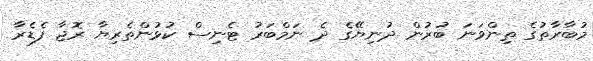
މުބާރާތުގެ ތިންވަނަ ބުރުން ދުނިޔޭގެ ދެ ނަމްބަރު ޓެނިސް ކުޅުންތެރިޔާ ރޮޖާ ފެޑެރާ